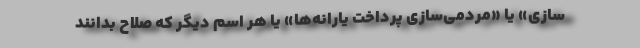
‌سازی» یا «مردمی‌سازی پرداخت یارانه‌ها» یا هر اسم دیگر که صلاح بدانند